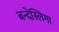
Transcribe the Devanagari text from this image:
बन्देस्लिगा